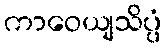
ကာဝေယျသိပ္ပံ